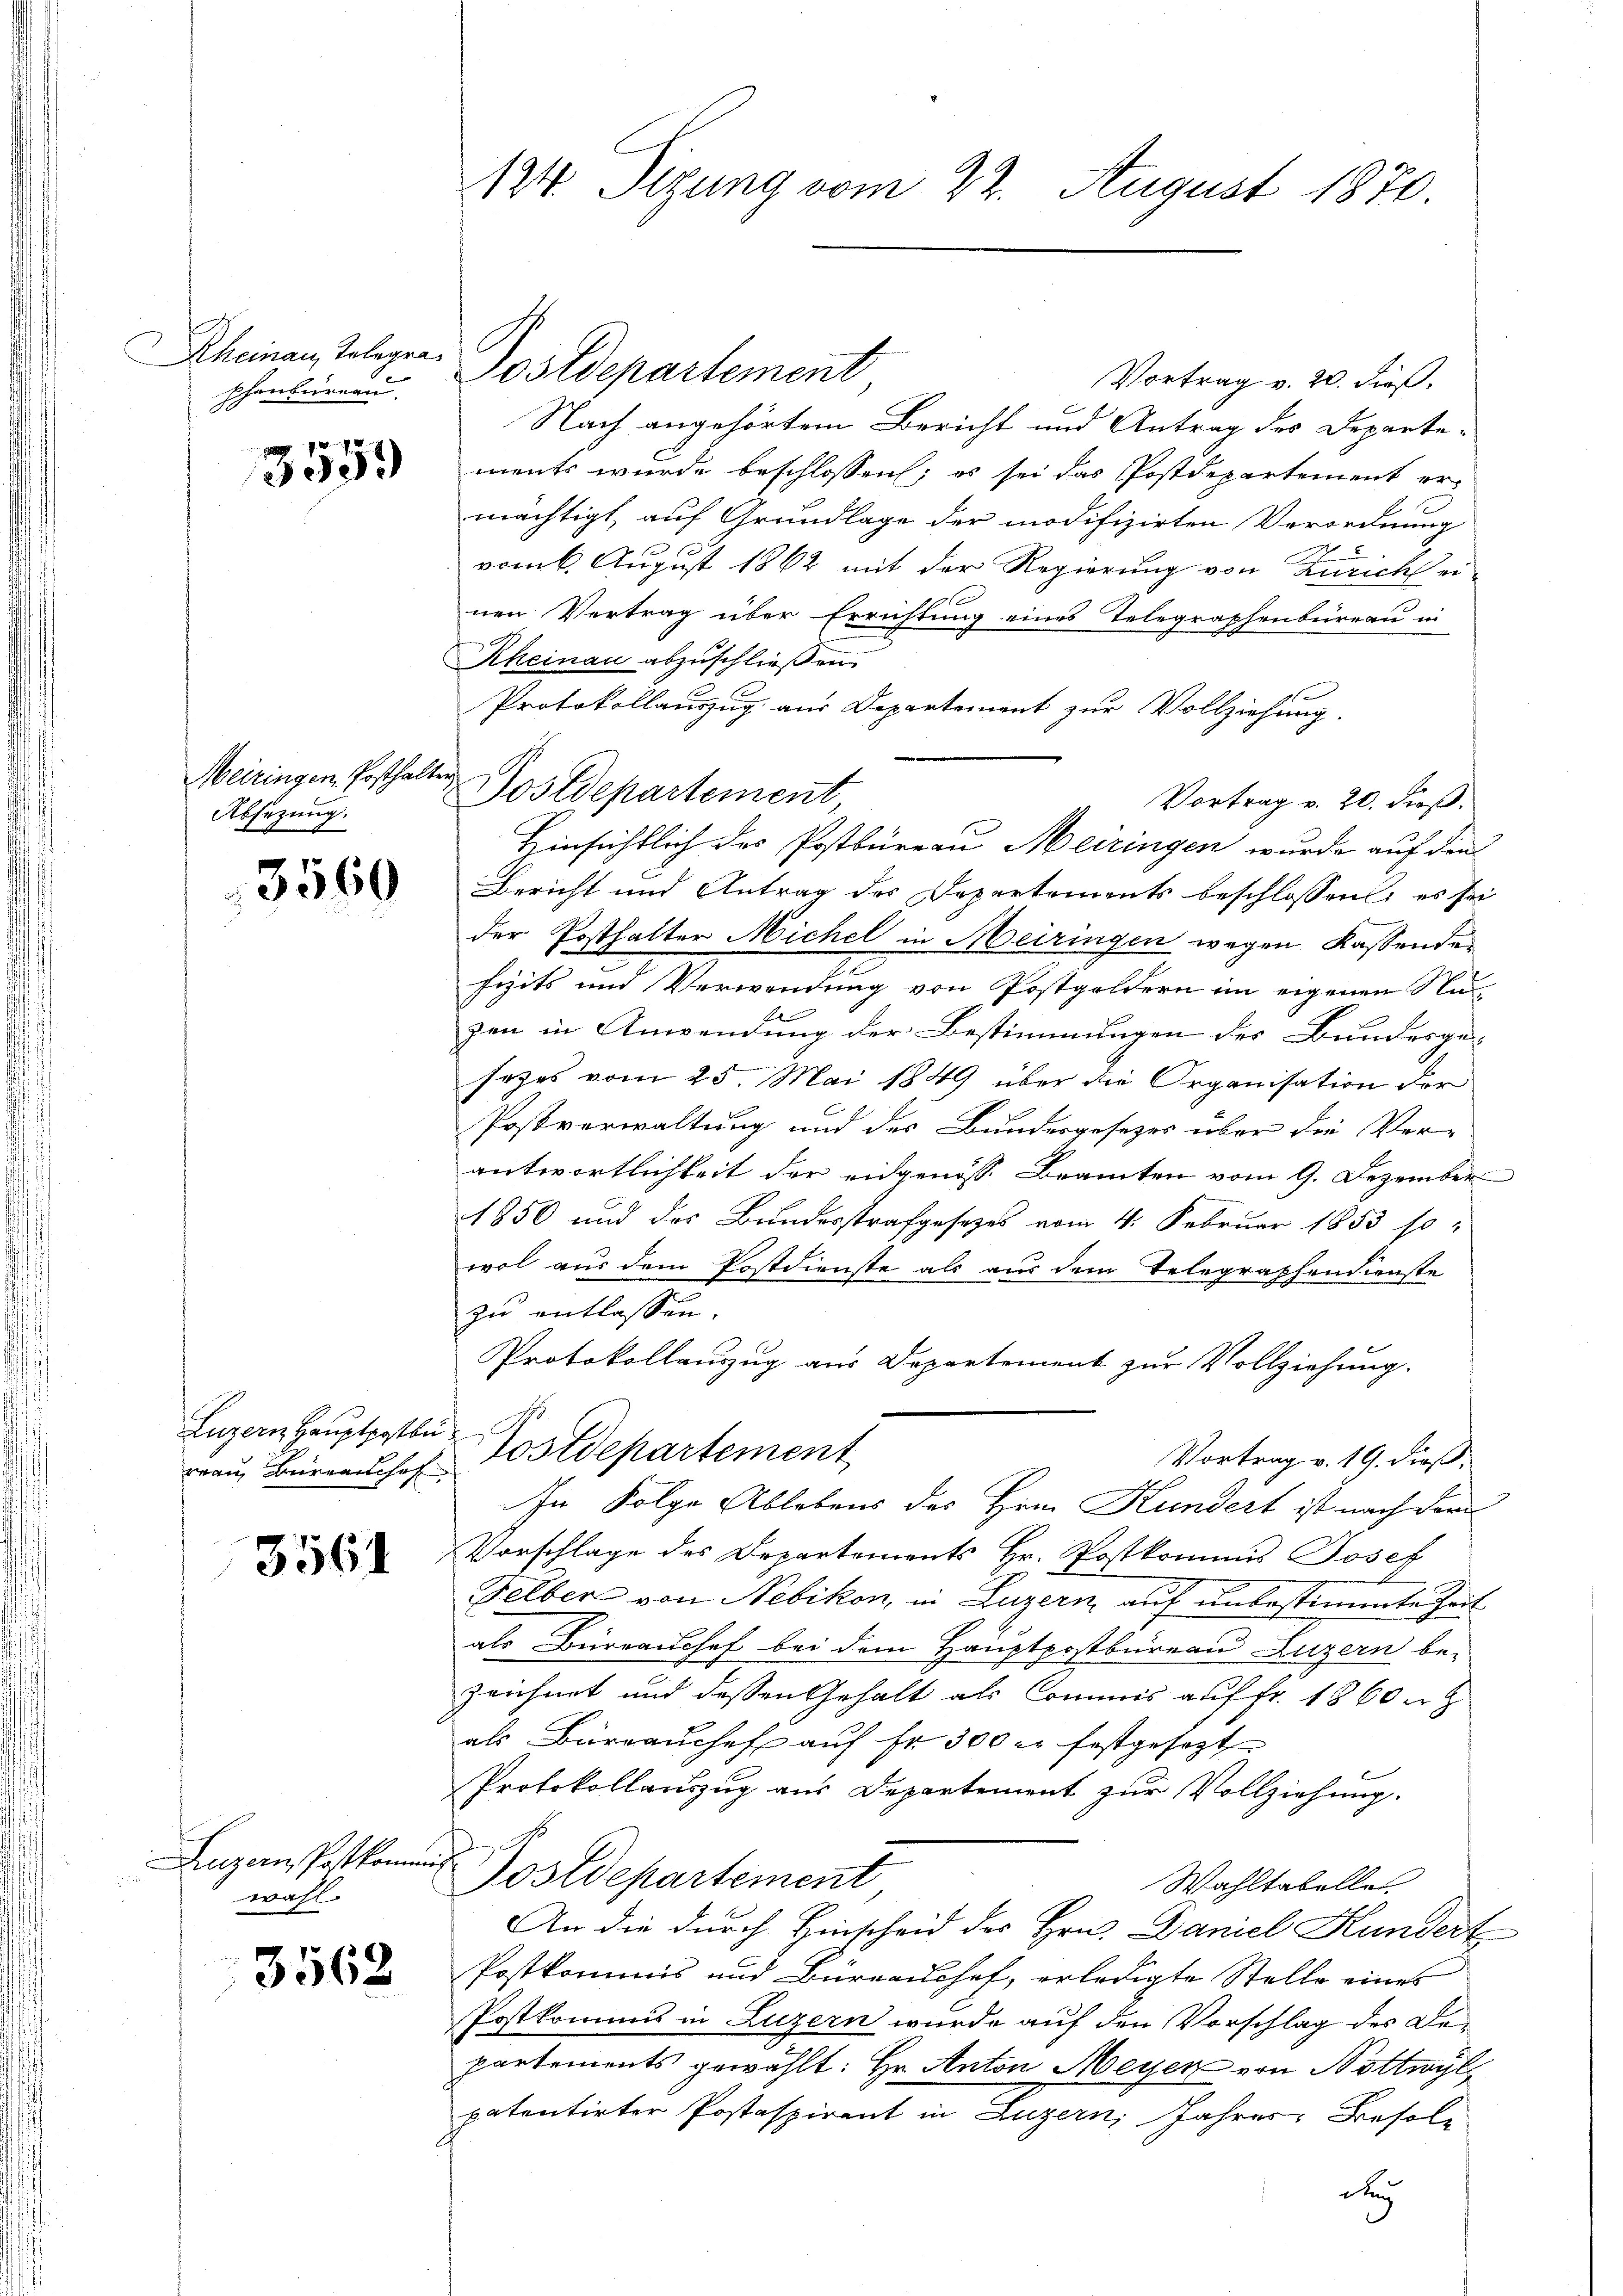
.
Rheinau, Telegra
phenbureau

3559

Meiringen, Posthalten
Absezung.

3560

Luzern Hauptpostbu
rrau Bureaushof

3564

Luzern Postkommen
wahl.

3562

124. Sizung vom 22. August 1870

Vortrag v. 20. dieß.
Nach angehörtem Bericht und Antrag des Departements wurde beschlossen; es sei das Postdepartement ermächtigt, auf Grundlage der modifizirten Verordnung
vom 6. August 1862 mit der Regierung von Zürich einen Vertrag über Errichtung eines Telegraphenbüreau in
Rheinau abzuschließen.
Protokollauszug aus Departement zur Vollziehung.
Vortrag v. 20. dieß.
Hinsichtlich des Postbüreau Meiringen wurde auf den
Bericht und Antrag des Departements beschlossen, es sei
der Posthalter Michel in Meiringen wegen Kassende
fizits und Verwendung von Postgeldern im eigenen Nazen in Anwendung der Bestimmungen des Bundesge-
sezes vom 25. Mai 1849 über die Organisation der
Postverwaltung und des Bundesgesezes über die Ver-
antwortlichkeit der eidgenöss. Beamten vom 9. Dezember
1850 und des Bundesstrafgesetzes vom 4. Februar 1853 so-
wol aus dem Postdienste als aus dem Telegraphendienste
zu entlassen.
Protokollanzug aus Departement zur Vollziehung.
Postdepartement
Vortrag v. 19. dieß,
In Folge Ablebens des Hrn. Kundert ist nach der
Vorschlage des Departements Hr. Postkommis Josef
Felber von Nebikon, in Luzern, auf unbestimmte Zeit
als Büreaussef bei dem Hauptpostbureau Luzern be-
zeichnet und dessen Gehalt als Commis auf fr. 1860 n
als Büreaŭchef auf Fr. 300 er festgesezt
Protokollauszug aus Departement zur Vollziehung.
i
Postdepartement
Wahltabelle
An die durch Hinscheid des Hrn. Daniel Hundert
Postkommis und Büreaushof, erledigte Stelle eines
Postkommis in Luzern wurde auf den Vorschlag des Departements gewählt: Hr. Anton Meyer von Nottwyl
patentirter Postaspirant in Luzern, Jahres Besoldu

Postdepartement

Postdepartement